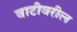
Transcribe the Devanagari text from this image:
वाटीवरील